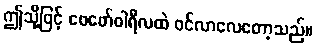
ဤသို့ဖြင့် ဖေဖော်ဝါရီလထဲ ဝင်လာလေတော့သည်။